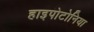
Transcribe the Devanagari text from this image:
हाइपोटोनिया